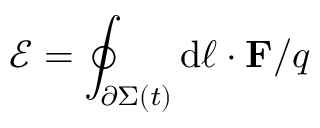
{ \mathcal { E } } = \oint _ { \partial \Sigma ( t ) } \mathrm { d } { \boldsymbol { \ell } } \cdot \mathbf { F } / q